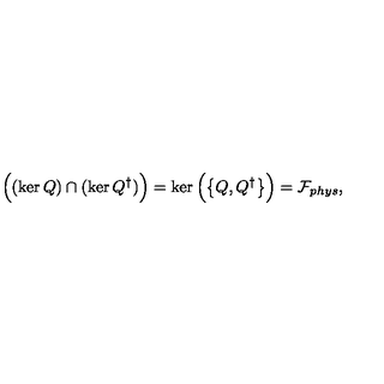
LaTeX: \Big ( ( \ker Q ) \cap ( \ker Q ^ { \dagger } ) \Big ) = \ker \Big ( \big \{ Q , Q ^ { \dagger } \big \} \Big ) = \mathcal { F } _ { p h y s } ,